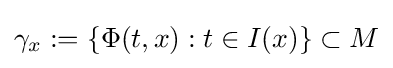
\gamma _{x}:=\{\Phi (t,x):t\in I(x)\}\subset M